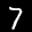
Label: 7